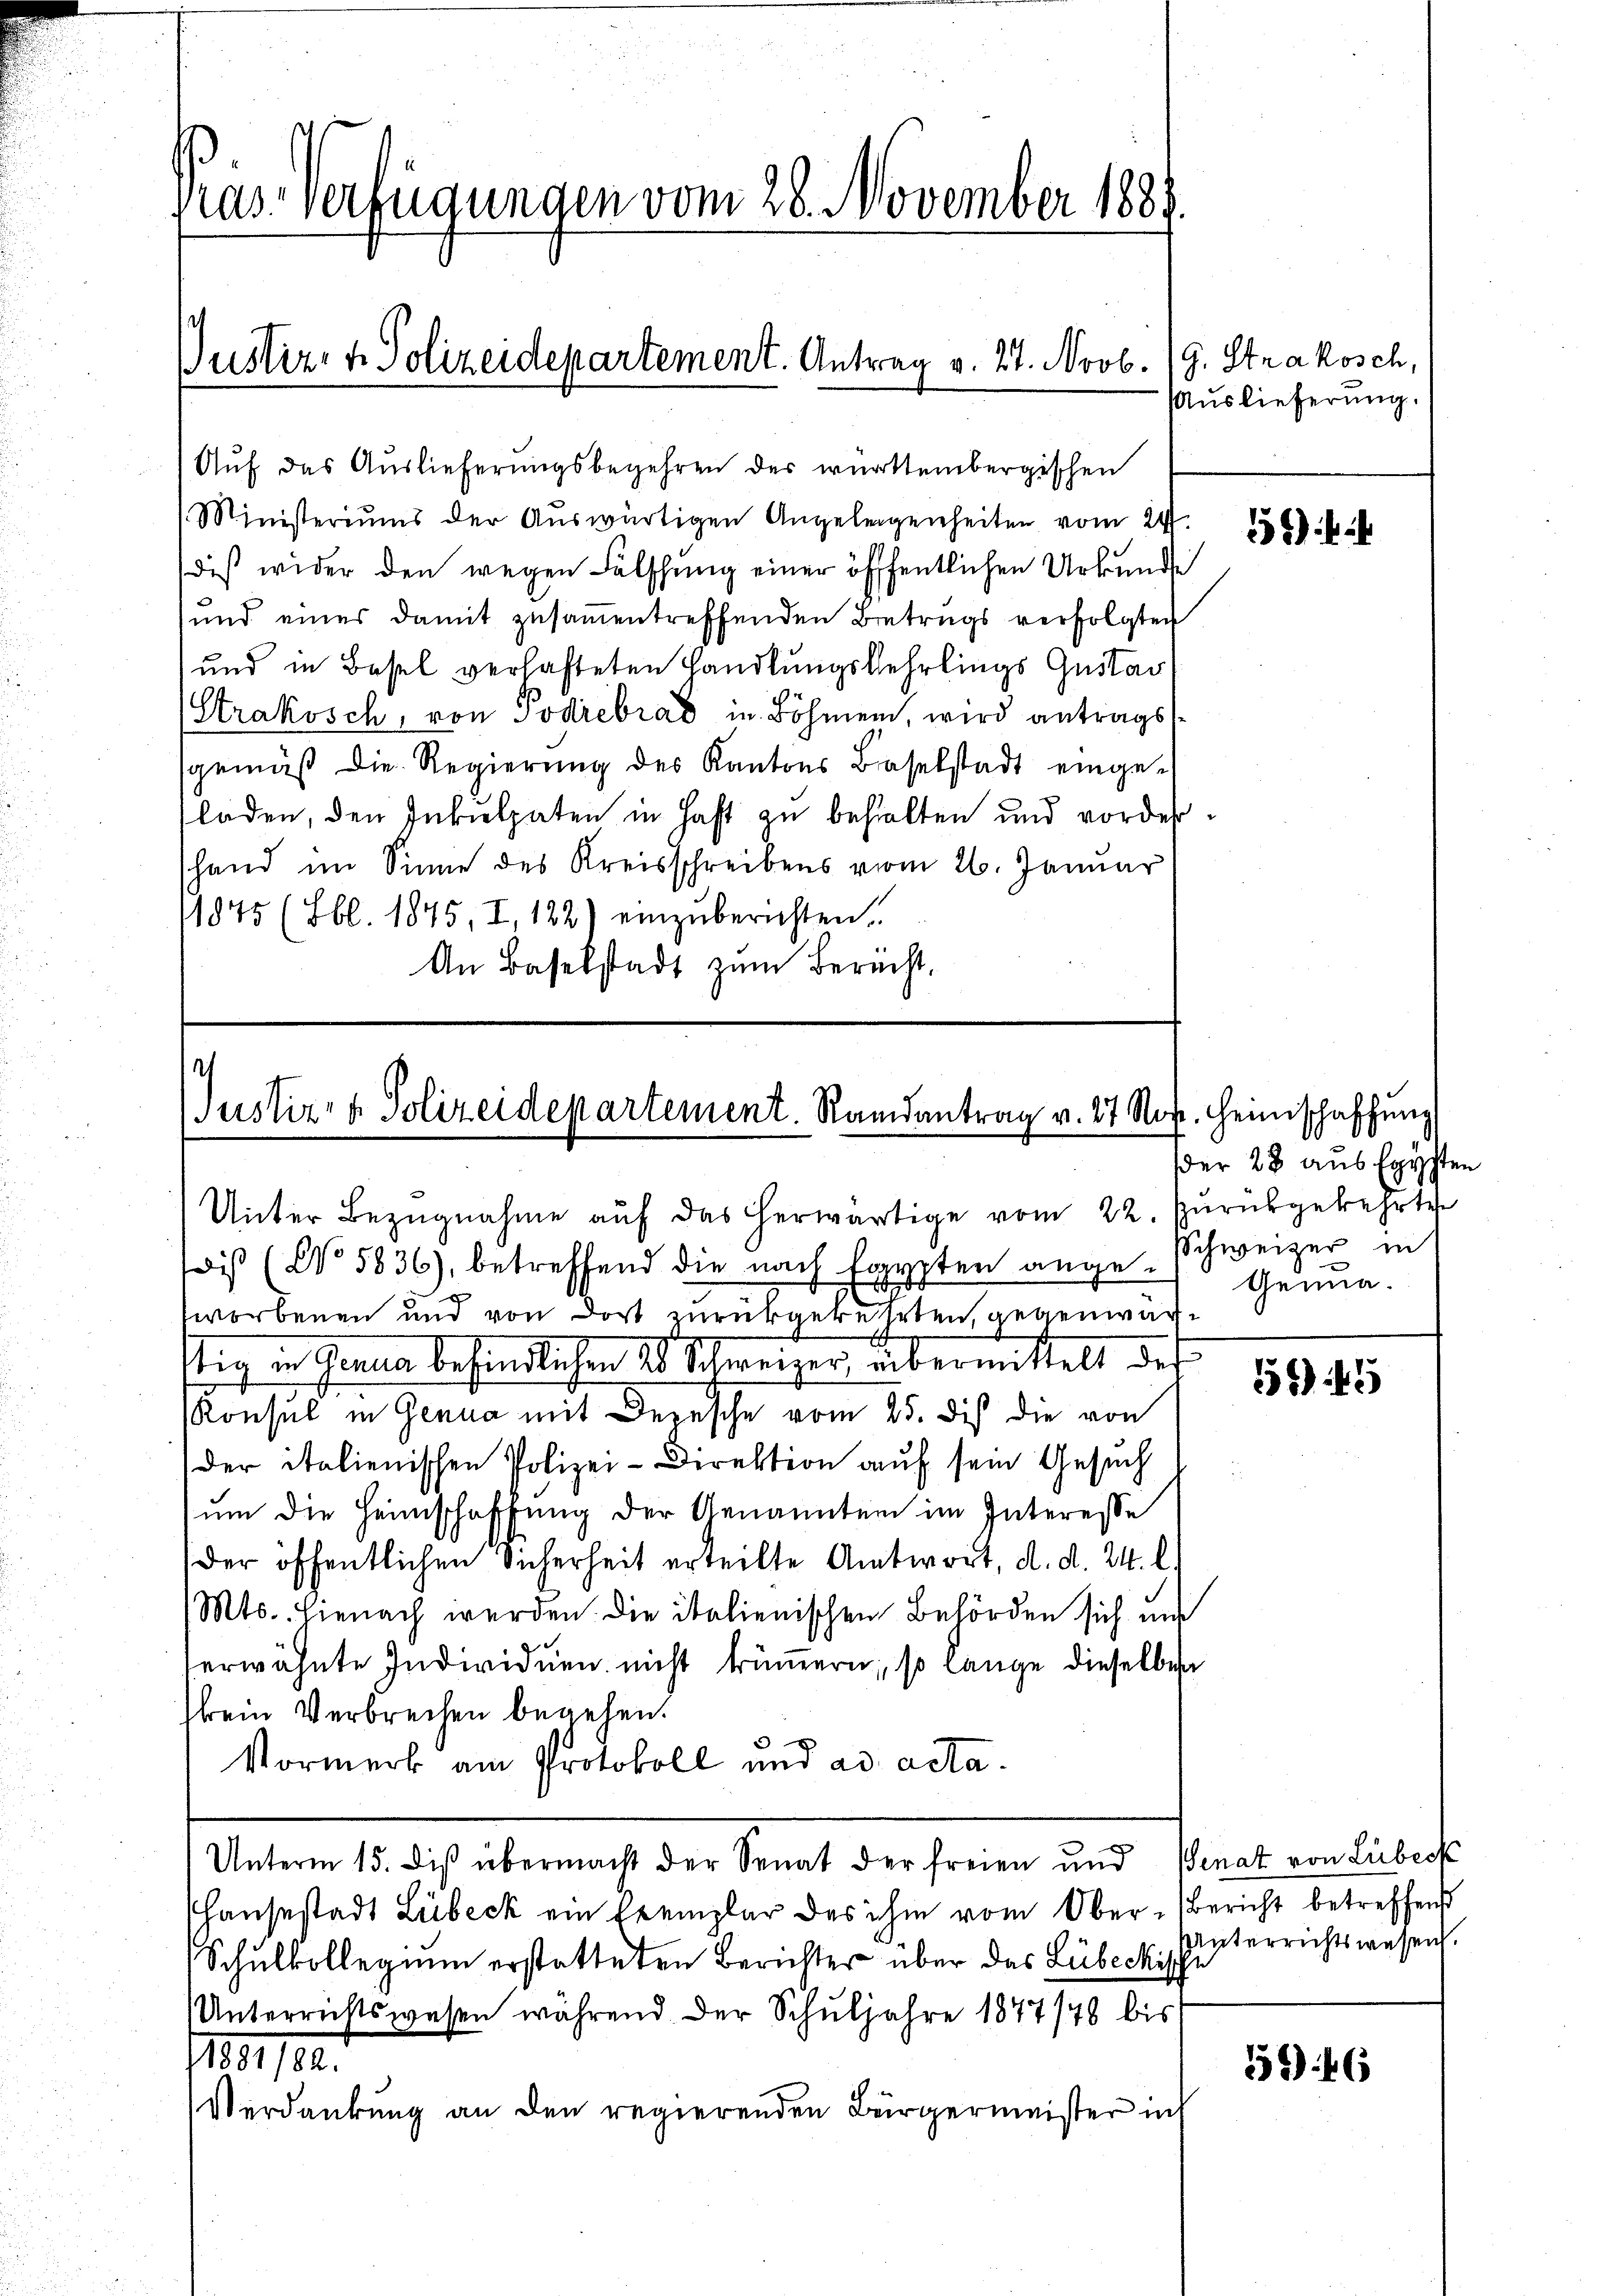
Pras-Verfügungen vom 28. November 1881

Justiz- & Polizeidepartement. Antrag v. 27. Novb.

Auf das Auslieferungsbegehren der württembergischen
Ministeriums der Aŭswärtigen Angelegenheiten vom 24.
diß wider den wegen Fälschung einer öffentlichen Urkunde
und eines damit zusammentreffenden Betrugs verfolgten
)und in Basel verhafteten Handlungslehrlings Gustav
(Strakosch, von Podrebrad in Böhmen, wird antragsgemäß die Regierŭng des Kantons Baselstadt einge-
laden, den Inkulpaten in Haft zu behalten und vordershand im Sinne des Kreisschreibens vom 26. Januar
11845 (Lbl. 1845, I, 122) einzuberichten.
An Baselstadt zum Berecht.

/
Justiz- & Polizeidepartement. Ramantrag v. 27 Nov. Heimschaffung

Unter Bezugnahme auf das herwärtige vom 22. Zurükgekehrte
soi (No. 5836), betreffend die nach Egypten ange-Schweizer in
worbenen und von dort zurückgekehrten, gegenwärstig in Genua befindlichen 20 Schweizer übermittelt, daß
Konsul in Genua mit Depesche vom 25. Dis die von
der italienischen Polizei-Direktion auf sein Gesuch
um die Heimschaffung der Genannten im Interesse
der öffentlichen Sicherheit erteilte Antwort, d. d. 24. l.
(Mts. hienach werden. Die italienischen Behörden sich un
erwähnte Individuen nicht trümern, so lange dieselben
skein Verbrechen begehen.
Vormerk am Protokoll und ad acta.
Unterm 15. Dis übermacht der Senat der freien und Senat von Lübeck
Hausestadt Lübeck ein Exemplar des ihm vom Ober-Bericht betreffend
Schulkollegium erstatteten Berichter über das Lübeckisch
Unterrichtswesen während der Schuljahre 1877/78 bis
1191/2.
Verdankung an den regierenden Bürgermeister in

G. Strakosch,
Auslieferung.

1) i

der 28 aus Egypten
Genua.

6) 45

Unterrichtswesen.

146